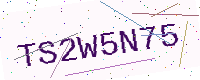
Text: TS2W5N75